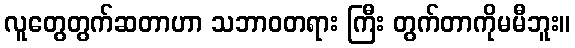
လူတွေတွက်ဆတာဟာ သဘာဝတရား ကြီး တွက်တာကိုမမီဘူး။